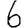
Digit: 6